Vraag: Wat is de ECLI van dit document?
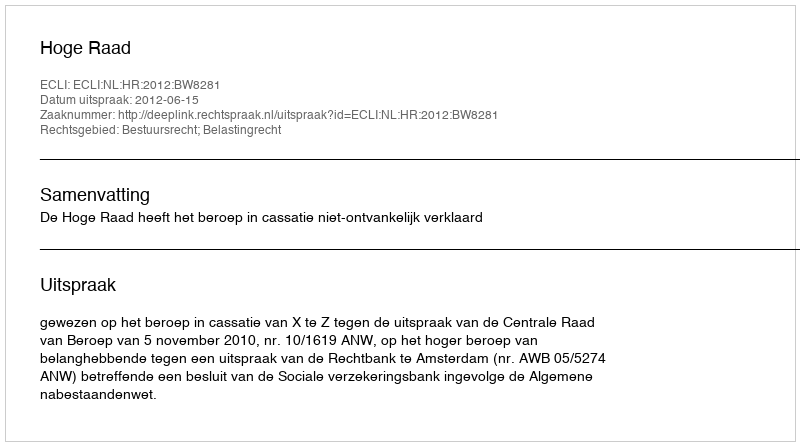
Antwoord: ECLI:NL:HR:2012:BW8281